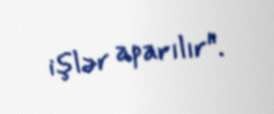
işlər aparılır".